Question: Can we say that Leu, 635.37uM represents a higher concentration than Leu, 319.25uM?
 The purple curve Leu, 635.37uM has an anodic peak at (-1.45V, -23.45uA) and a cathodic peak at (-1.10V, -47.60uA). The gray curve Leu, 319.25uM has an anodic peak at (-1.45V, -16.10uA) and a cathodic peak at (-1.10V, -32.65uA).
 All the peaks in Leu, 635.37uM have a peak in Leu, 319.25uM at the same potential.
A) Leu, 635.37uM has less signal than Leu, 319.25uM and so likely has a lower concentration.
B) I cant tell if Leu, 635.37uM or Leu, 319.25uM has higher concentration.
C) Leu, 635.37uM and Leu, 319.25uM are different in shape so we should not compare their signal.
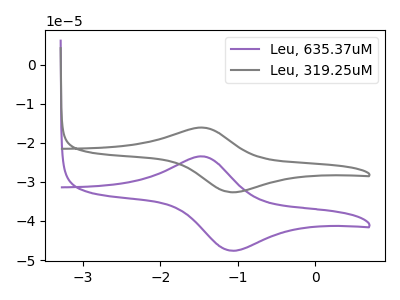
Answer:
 <answer>B) I cant tell if "Leu, 635.37uM" or "Leu, 319.25uM" has higher concentration.</answer>
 <eval>B</eval>